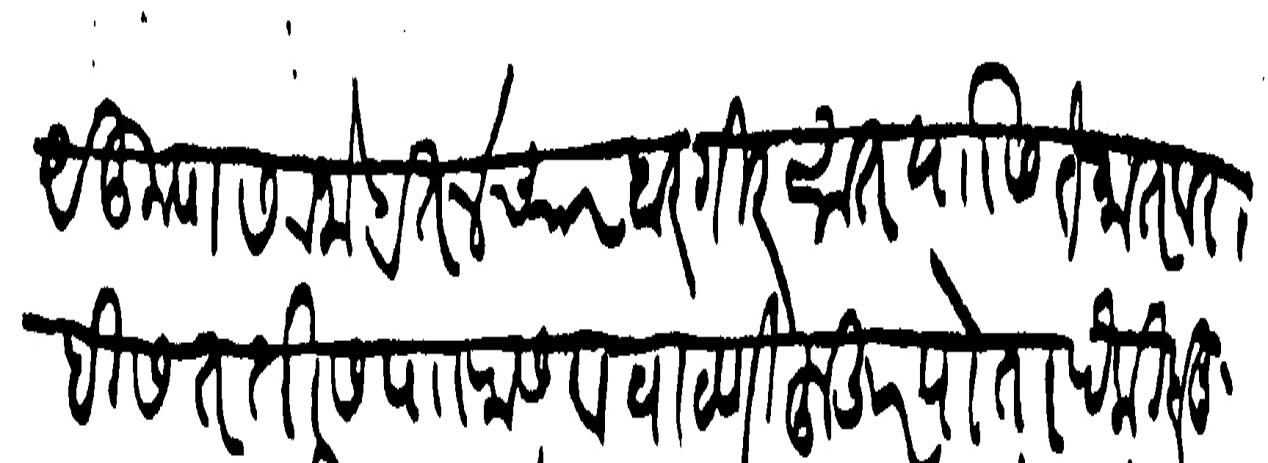
Transliteration (Devanagari): येकूण सरनोबत ४ चार बारगीर सात यांसी तैनात बरा ही सततीस पाा रास व वाटणी हुजूर पोतापैकी होनु